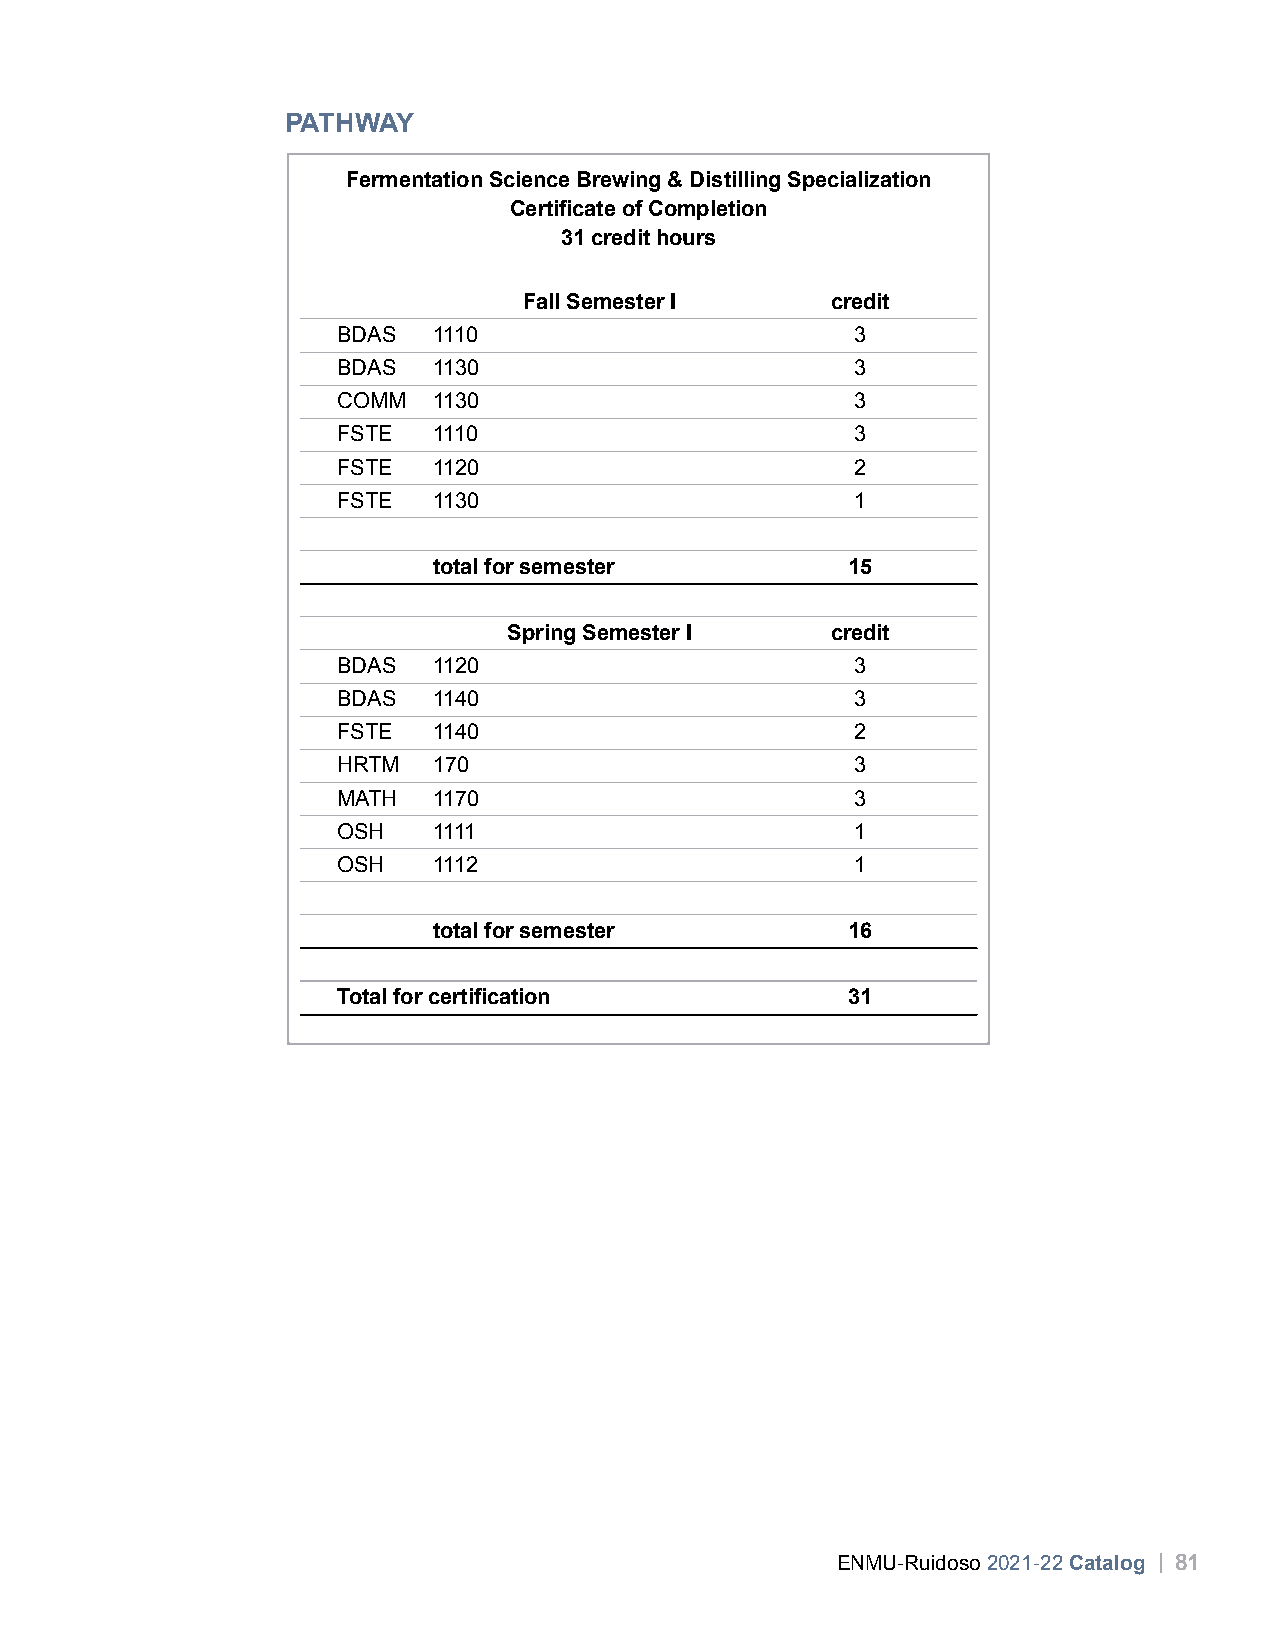
PATHWAY
 Fermentation Science Brewing & Distilling Specialization
 Certificate of Completion
 31 credit hours
 Fall Semester I     credit
 BDAS   1110                        3
 BDAS   1130                        3
 COMM   1130                        3
 FSTE   1110                        3
 FSTE   1120                        2
 FSTE   1130                        1
 total for semester         15
 Spring Semester I    credit
 BDAS   1120                        3
 BDAS   1140                        3
 FSTE   1140                        2
 HRTM   170                         3
 MATH   1170                        3
 OSH    1111                        1
 OSH    1112                        1
 total for semester         16
 Total for certification           31
 ENMU-Ruidoso 2021-22 Catalog | 81